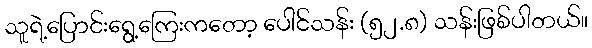
သူရဲ့ပြောင်းရွေ့ကြေးကတော့ ပေါင်သန်း (၅၂.၈) သန်းဖြစ်ပါတယ်။